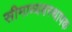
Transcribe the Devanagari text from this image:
सीमाव्यवस्थापक